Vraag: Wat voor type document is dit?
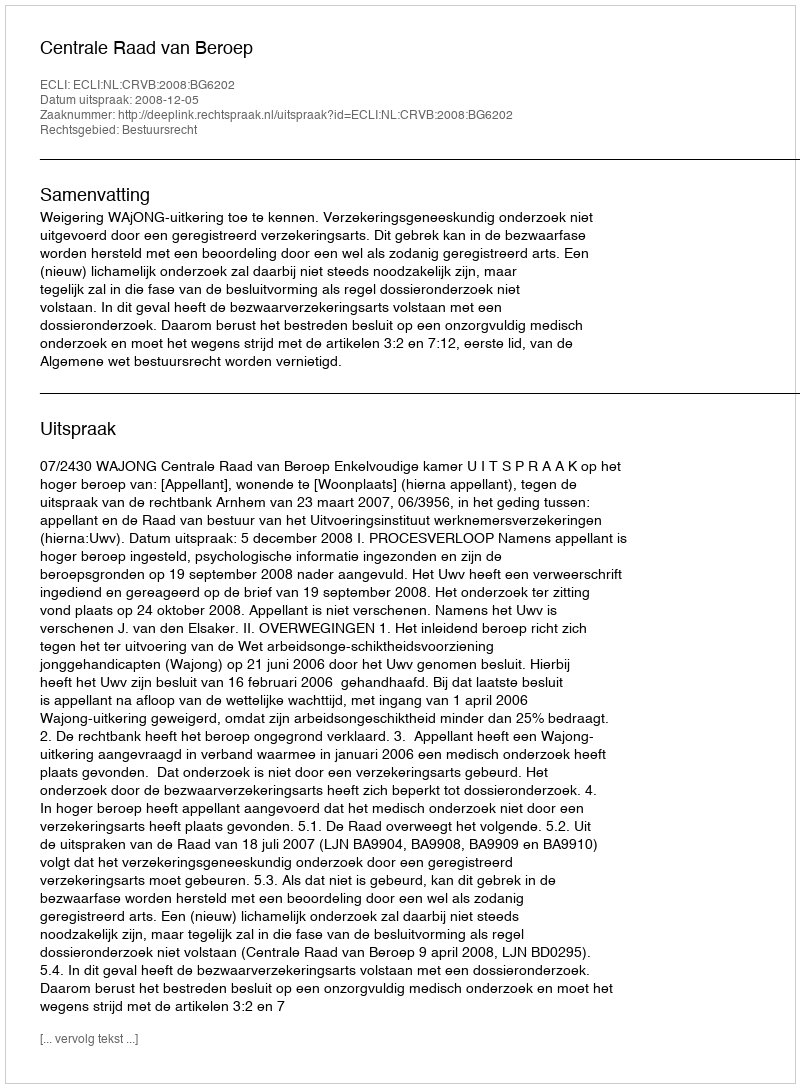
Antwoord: Uitspraak